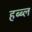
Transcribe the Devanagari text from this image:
हब्ब्ल